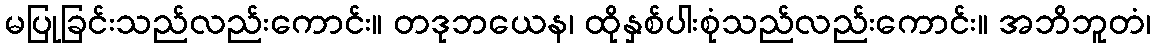
မပြုခြင်းသည်လည်းကောင်း။ တဒုဘယေန၊ ထိုနှစ်ပါးစုံသည်လည်းကောင်း။ အဘိဘူတံ၊